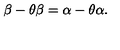
\beta - \theta \beta = \alpha - \theta \alpha .